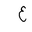
Letter: _ayn